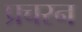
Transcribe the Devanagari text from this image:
प्रचरन